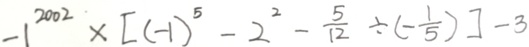
- 1 ^ { 2 0 0 2 } \times [ ( - 1 ) ^ { 5 } - 2 ^ { 2 } - \frac { 5 } { 1 2 } \div ( - \frac { 1 } { 5 } ) ] - 3